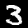
Digit: 3